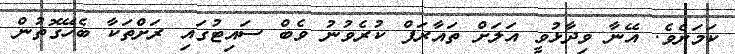
ކަމަށެވެ. އޭނާ ވިދާޅުވީ އަލަށް ތައާރަފް ކުރެވުނު ވެބް ސައިޓުގައި ރަށްތަކާ ބެހޭގޮތުން